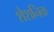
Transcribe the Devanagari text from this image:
शैशनिक